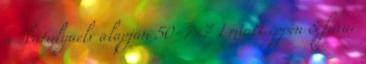
a skatulyaelv alapján 50=7×7 1 miatt éppen 8 fuvar